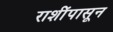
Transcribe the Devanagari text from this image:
राशींपासून